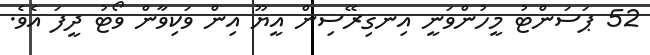
52 ޕަސަންޓު މީހުންވަނީ އިނގިރޭސިން އީޔޫ އިން ވަކިވާން ވޯޓު ދީފަ އެވެ.